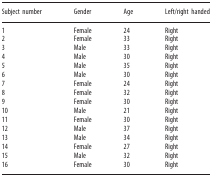
| Subject number | Gender | Age | Left/right handed |
 | --- | --- | --- | --- |
 | 1 | Female | 24 | Right |
 | 2 | Female | 33 | Right |
 | 3 | Male | 33 | Right |
 | 4 | Male | 30 | Right |
 | 5 | Male | 35 | Right |
 | 6 | Male | 30 | Right |
 | 7 | Female | 24 | Right |
 | 8 | Female | 32 | Right |
 | 9 | Female | 30 | Right |
 | 10 | Male | 21 | Right |
 | 11 | Female | 30 | Right |
 | 12 | Male | 37 | Right |
 | 13 | Male | 34 | Right |
 | 14 | Female | 27 | Right |
 | 15 | Male | 32 | Right |
 | 16 | Female | 30 | Right |